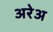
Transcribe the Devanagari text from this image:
अरेअ